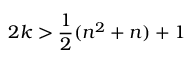
2 k > { \frac { 1 } { 2 } } ( n ^ { 2 } + n ) + 1